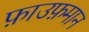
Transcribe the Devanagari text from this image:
फ़ाउफ़मान